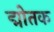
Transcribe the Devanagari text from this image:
द्मोतक